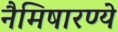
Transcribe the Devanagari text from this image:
नैमिषारण्ये